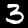
Digit: 3